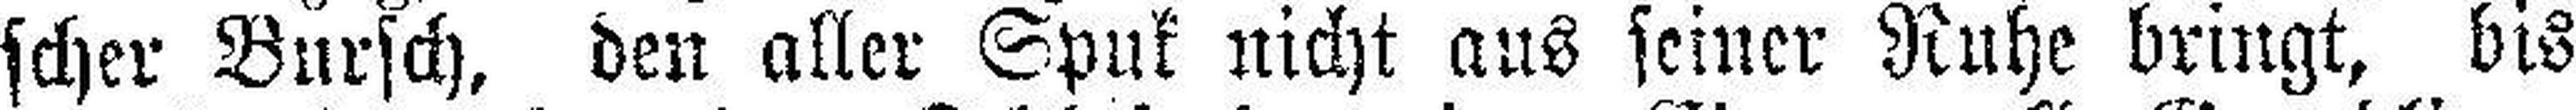
scher Bursch, den aller Spuk nicht aus seiner Ruhe bringt, bis